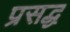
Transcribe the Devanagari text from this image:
प्रसद्ध